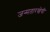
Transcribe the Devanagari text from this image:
जन्मतारखेची